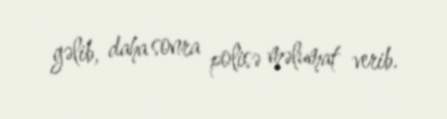
gəlib, daha sonra polisə məlumat verib.